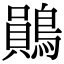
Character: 鶰